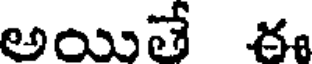
అయితే ఈ